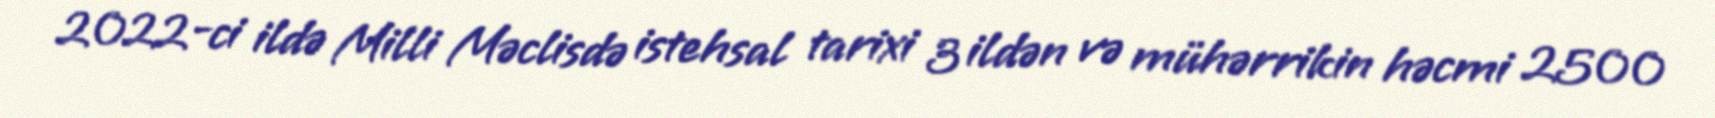
2022-ci ildə Milli Məclisdə istehsal tarixi 3 ildən və mühərrikin həcmi 2500